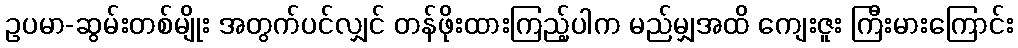
ဥပမာ-ဆွမ်းတစ်မျိုး အတွက်ပင်လျှင် တန်ဖိုးထားကြည့်ပါက မည်မျှအထိ ကျေးဇူး ကြီးမားကြောင်း